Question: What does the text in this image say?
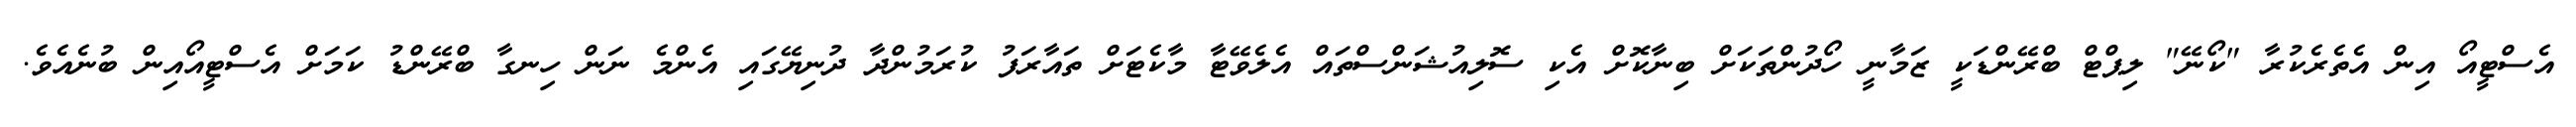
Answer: އެސްޓީއޯ އިން އެތެރެކުރާ "ކޯނޭ" ލިޕްޓް ބްރޭންޑަކީ ޒަމާނީ ހޯދުންތަކަށް ބިނާކޮށް އެކި ސޮލިއުޝަންސްތައް އެލެވޭޓާ މާކެޓަށް ތައާރަފު ކުރަމުންދާ ދުނިޔޭގައި އެންމެ ނަން ހިނގާ ބްރޭންޑު ކަމަށް އެސްޓީއޯއިން ބުނެއެވެ.